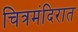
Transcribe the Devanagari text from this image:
चित्रमंदिरात